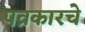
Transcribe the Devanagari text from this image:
पव्रकारचे